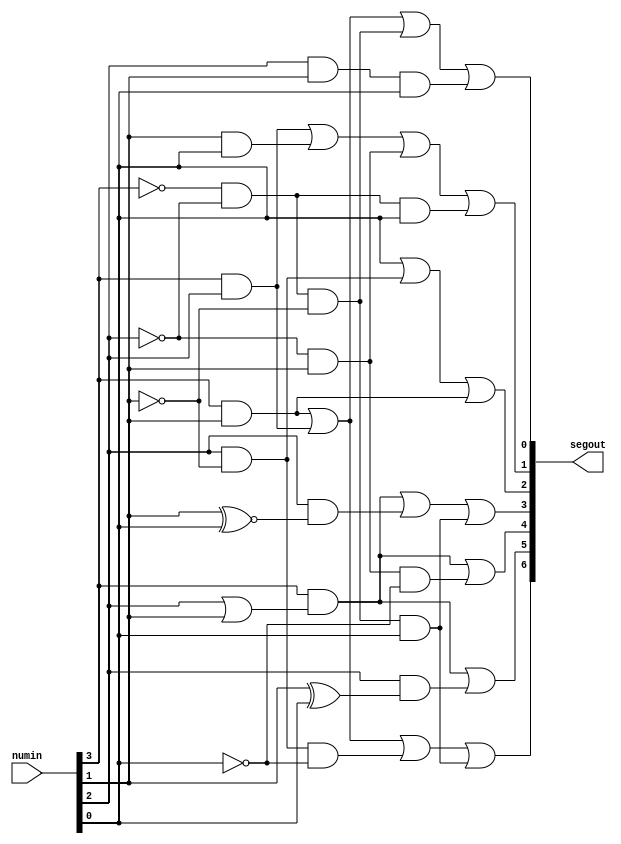
`timescale 1ns / 1ps
//////////////////////////////////////////////////////////////////////////////////
// Company: University of Arizona
// 
// Design Name: 
// Module Name: SevenSegment
// 
// Template for lab 2
//////////////////////////////////////////////////////////////////////////////////

module SevenSegment(numin, segout);
    input	[3:0] numin;
    output	reg [6:0] segout;//segout[6] - seg_a, segout[5] - seg_b, segout[4] - seg_c,
                          //segout[3] - seg_d, segout[2] - seg_e, segout[1] - seg_f, segout[0] - seg_g
    always @(numin)
    begin
        //segment a
        segout[6] <=    (numin[3]& numin[1]) |(numin[3]& numin[2]) | 
                        (numin[2]& ~numin[1]& ~numin[0]) | (~numin[3]& ~numin[2]& ~numin[1]& numin[0]);
        
        //Write the code for segment b to g below
        //segment b
        segout[5] <=	(numin[3]& (numin[2] | numin[1])) |
			(numin[2]& (numin[1] ^ numin[0]));

        //segment c
        segout[4] <=	(numin[3] & (numin[2] | numin[1])) | (~numin[2] & numin[1] & ~numin[0]);

        //segment d
        segout[3] <=	(numin[3] & (numin[2] | numin[1])) |
			(numin[2] & (numin[1] ~^ numin[0])) | (~numin[3] & ~numin[2] & ~numin[1]& numin[0]);

        //segment e
        segout[2] <=	numin[0] | (numin[2] & ~numin[1]) | (numin[3] & numin[1]);

        //segment f
        segout[1] <=	(numin[3]& numin[2])| (numin[1]& numin[0])| (~numin[2]& numin[1])|
			(~numin[3] & ~numin[2] & numin[0]);

        //segment g
        segout[0] <=	(numin[3]& numin[2]) | (numin[3]& numin[1]) |
			(~numin[3] & ~numin[2] & ~numin[1]) | (numin[2] & numin[1] & numin[0]);
    end

endmodule